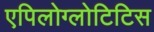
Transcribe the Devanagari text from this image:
एपिलोग्लोटिटिस